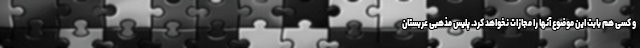
و کسی هم بابت این موضوع آنها را مجازات نخواهد کرد. پلیس مذهبی عربستان